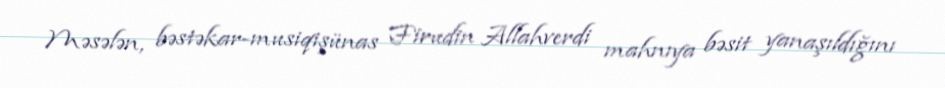
Məsələn, bəstəkar-musiqişünas Firudin Allahverdi mahnıya bəsit yanaşıldığını